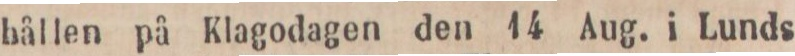
hållen på Klagodagen den 14 Aug. i Lunds